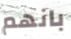
بانهم